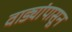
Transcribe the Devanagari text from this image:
वाड्यांपासून